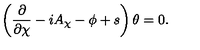
\left( \frac { \partial } { \partial \chi } - i A _ { \chi } - \phi + s \right) \theta = 0 .